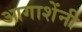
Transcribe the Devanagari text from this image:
आगाशेंनी